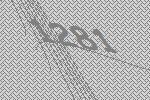
1281